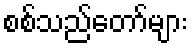
စစ်သည်တော်များ